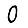
Digit: 0